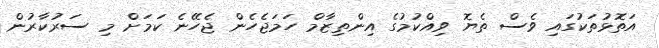
އަތޮޅުތަކުގައި ވެސް ތެޔޮ ވިއްކުމުގެ އިންތިޒާމް ހަމަޖެހެން ޖެހޭނެ ކަމަށް މި ސަރުކާރުން